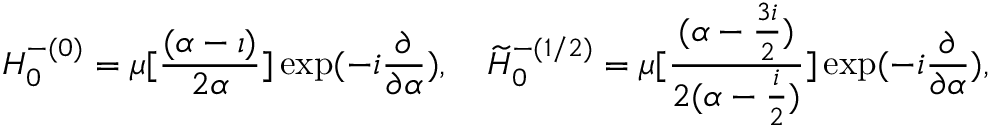
H _ { 0 } ^ { - ( 0 ) } = \mu [ \frac { ( \alpha - \imath ) } { 2 { \alpha } } ] \exp ( - i \frac { \partial } { { \partial } { \alpha } } ) , \quad \widetilde { H } _ { 0 } ^ { - ( 1 / 2 ) } = \mu [ \frac { ( \alpha - \frac { 3 i } { 2 } ) } { 2 ( { \alpha } - \frac { i } { 2 } ) } ] \exp ( - i \frac { \partial } { { \partial } { \alpha } } ) ,